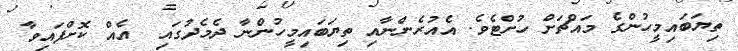
ތިޔަބައިމީހުންގެ މައްޗަށް ހުށްޓެވެ. އެއުރެންނާއި ތިޔަބައިމީހުންނާ ދެމެދުގައި  އެއް ކޮށްފައިވާ